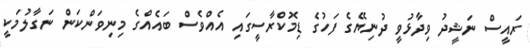
ރައީސް ނަޝީދު ވިދާޅުވީ ދުނިޔޭގެ ފަހުގެ ޑިމޮކްރާސީގައި އެއްވެސް ބައެއްގެ މިނިވަންކަން ނަގާލުމަކީ